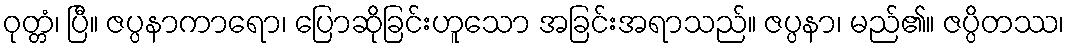
ဝုတ္တံ၊ ပြီ။ ဇပ္ပနာကာရော၊ ပြောဆိုခြင်းဟူသော အခြင်းအရာသည်။ ဇပ္ပနာ၊ မည်၏။ ဇပ္ပိတဿ၊